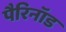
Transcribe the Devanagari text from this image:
पैरिनॉड